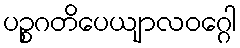
ပဉ္စဂတိပေယျာလဝဂ္ဂေါ